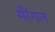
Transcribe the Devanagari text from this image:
मींगल